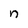
Character: n